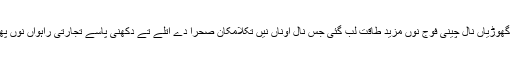
اوناں گھوڑیاں نال چینی فوج نوں مزید طاقت لب گئی جس نال اوناں نیں تکلامکان صحرا دے اتلے تے دکھنی پاسے تجارتی راہواں نوں پھڑ لیا۔